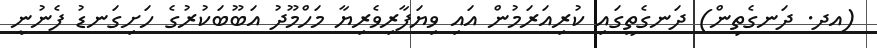
(އދ. ދަނގެތިން) ދަނގެތީގައި ކުރިއަރަމުން އައި ވިޔަފާރިވެރިޔާ މަހްމޫދު އަބޫބަކުރުގެ ހަށިގަނޑު ފެނުނީ